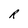
Character: R